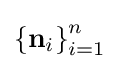
{\textstyle \left\{\mathbf {n} _{i}\right\}_{i=1}^{n}}